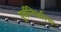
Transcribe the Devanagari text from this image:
पूर्वनिर्धारण